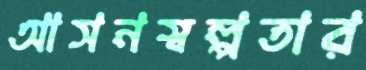
আসনস্বল্পতার